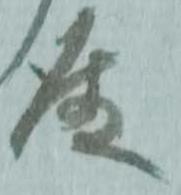
殿